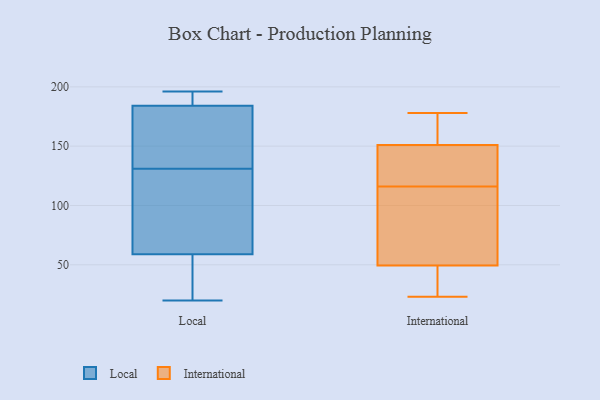
{"axis": {"x": "Backlog", "y": "Value"}, "legend": ["International", "Local"], "data": [{"x": "", "y": 196, "type": "Local"}, {"x": "", "y": 184, "type": "Local"}, {"x": "", "y": 114, "type": "Local"}, {"x": "", "y": 144, "type": "Local"}, {"x": "", "y": 155, "type": "Local"}, {"x": "", "y": 194, "type": "Local"}, {"x": "", "y": 187, "type": "Local"}, {"x": "", "y": 118, "type": "Local"}, {"x": "", "y": 33, "type": "Local"}, {"x": "", "y": 173, "type": "Local"}, {"x": "", "y": 94, "type": "Local"}, {"x": "", "y": 59, "type": "Local"}, {"x": "", "y": 51, "type": "Local"}, {"x": "", "y": 20, "type": "Local"}, {"x": "", "y": 157, "type": "International"}, {"x": "", "y": 91, "type": "International"}, {"x": "", "y": 149, "type": "International"}, {"x": "", "y": 138, "type": "International"}, {"x": "", "y": 50, "type": "International"}, {"x": "", "y": 48, "type": "International"}, {"x": "", "y": 41, "type": "International"}, {"x": "", "y": 168, "type": "International"}, {"x": "", "y": 116, "type": "International"}, {"x": "", "y": 107, "type": "International"}, {"x": "", "y": 23, "type": "International"}, {"x": "", "y": 64, "type": "International"}, {"x": "", "y": 121, "type": "International"}, {"x": "", "y": 178, "type": "International"}, {"x": "", "y": 33, "type": "International"}, {"x": "", "y": 175, "type": "International"}, {"x": "", "y": 133, "type": "International"}]}